Supplement to the account of plague administration in the Bombay Presidency from September 1896 till May 1897
Year: 1896
Disease focus: Plague
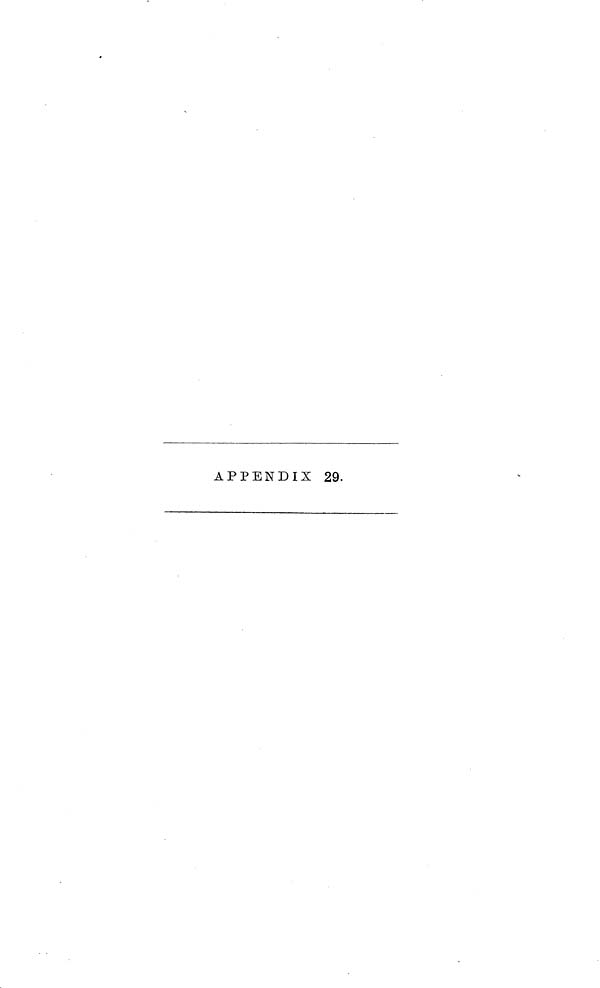
APPENDIX 29.